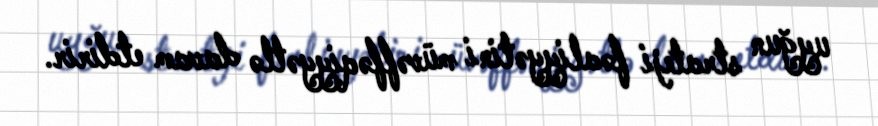
uyğun strateji fəaliyyətini müvəffəqiyyətlə davam etdirir.